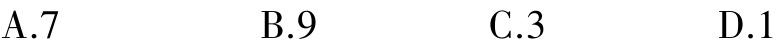
A.7  B.9  C.3  D.1